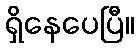
ရှိနေပေပြီ။